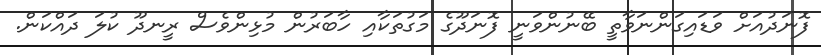
ފޮނަދުއަށް ވަޑައިގަންނަވާތީ ބޭނުންވަނީ ފޮނަދޫގެ މަގުތަކާއި ހާބަރުން މުޅިންވެސް ރީނދޫ ކުލަ ދައްކަން.